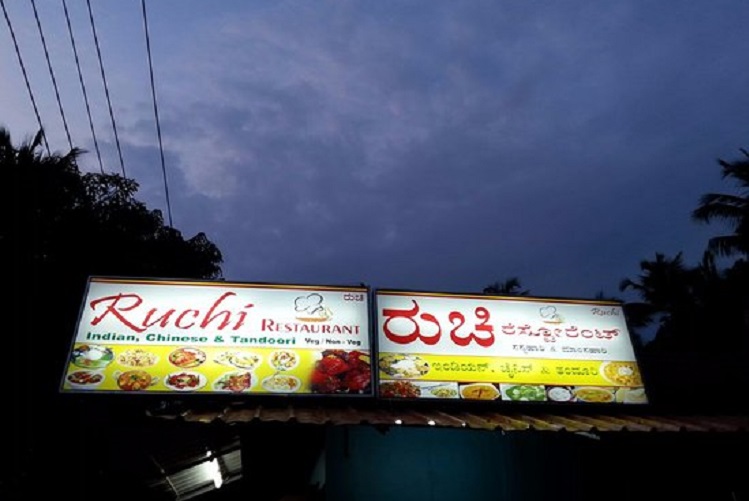
Language: kannada
Transcription: ರುಚಿ